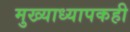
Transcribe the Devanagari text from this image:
मुख्याध्यापकही